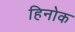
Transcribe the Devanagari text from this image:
हिनोक